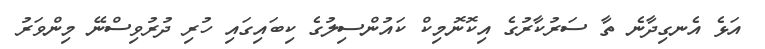
އަޅެ އެނގިދާނެ ތާ ސަރުކާރުގެ އިކޮނޮމިކް ކައުންސިލުގެ ކިބައިގައި ހުރި ދުރުވިސްނޭ މިންވަރު